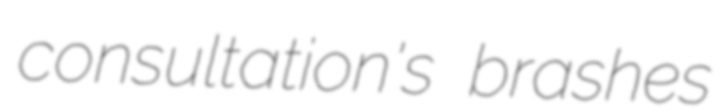
consultation's brashes